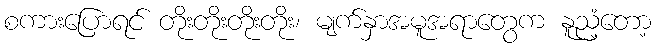
စကားပြောရင် တိုးတိုးတိုးတိုး၊ မျက်နှာအမူအရာတွေက နူညံ့တော့